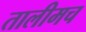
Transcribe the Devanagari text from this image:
तालीमच